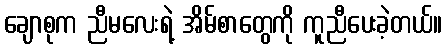
ချောစုက ညီမလေးရဲ့ အိမ်စာတွေကို ကူညီပေးခဲ့တယ်။